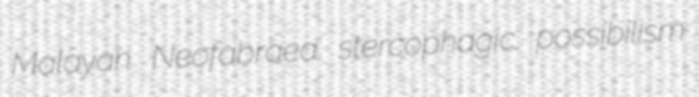
Malayan Neofabraea stercophagic possibilism